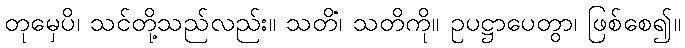
တုမှေပိ၊ သင်တို့သည်လည်း။ သတိံ၊ သတိကို။ ဥပဋ္ဌာပေတွာ၊ ဖြစ်စေ၍။